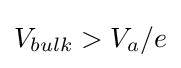
V_{bulk}>V_{a}/e